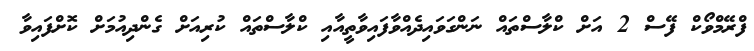
ފްރޭމްވޯކް ފޭސް 2 އަށް ކްލާސްތައް ނަންގަވައިދެއްވާފައިވާތީއާއި ކްލާސްތައް ކުރިއަށް ގެންދިއުމަށް ކޮށްފައިވާ